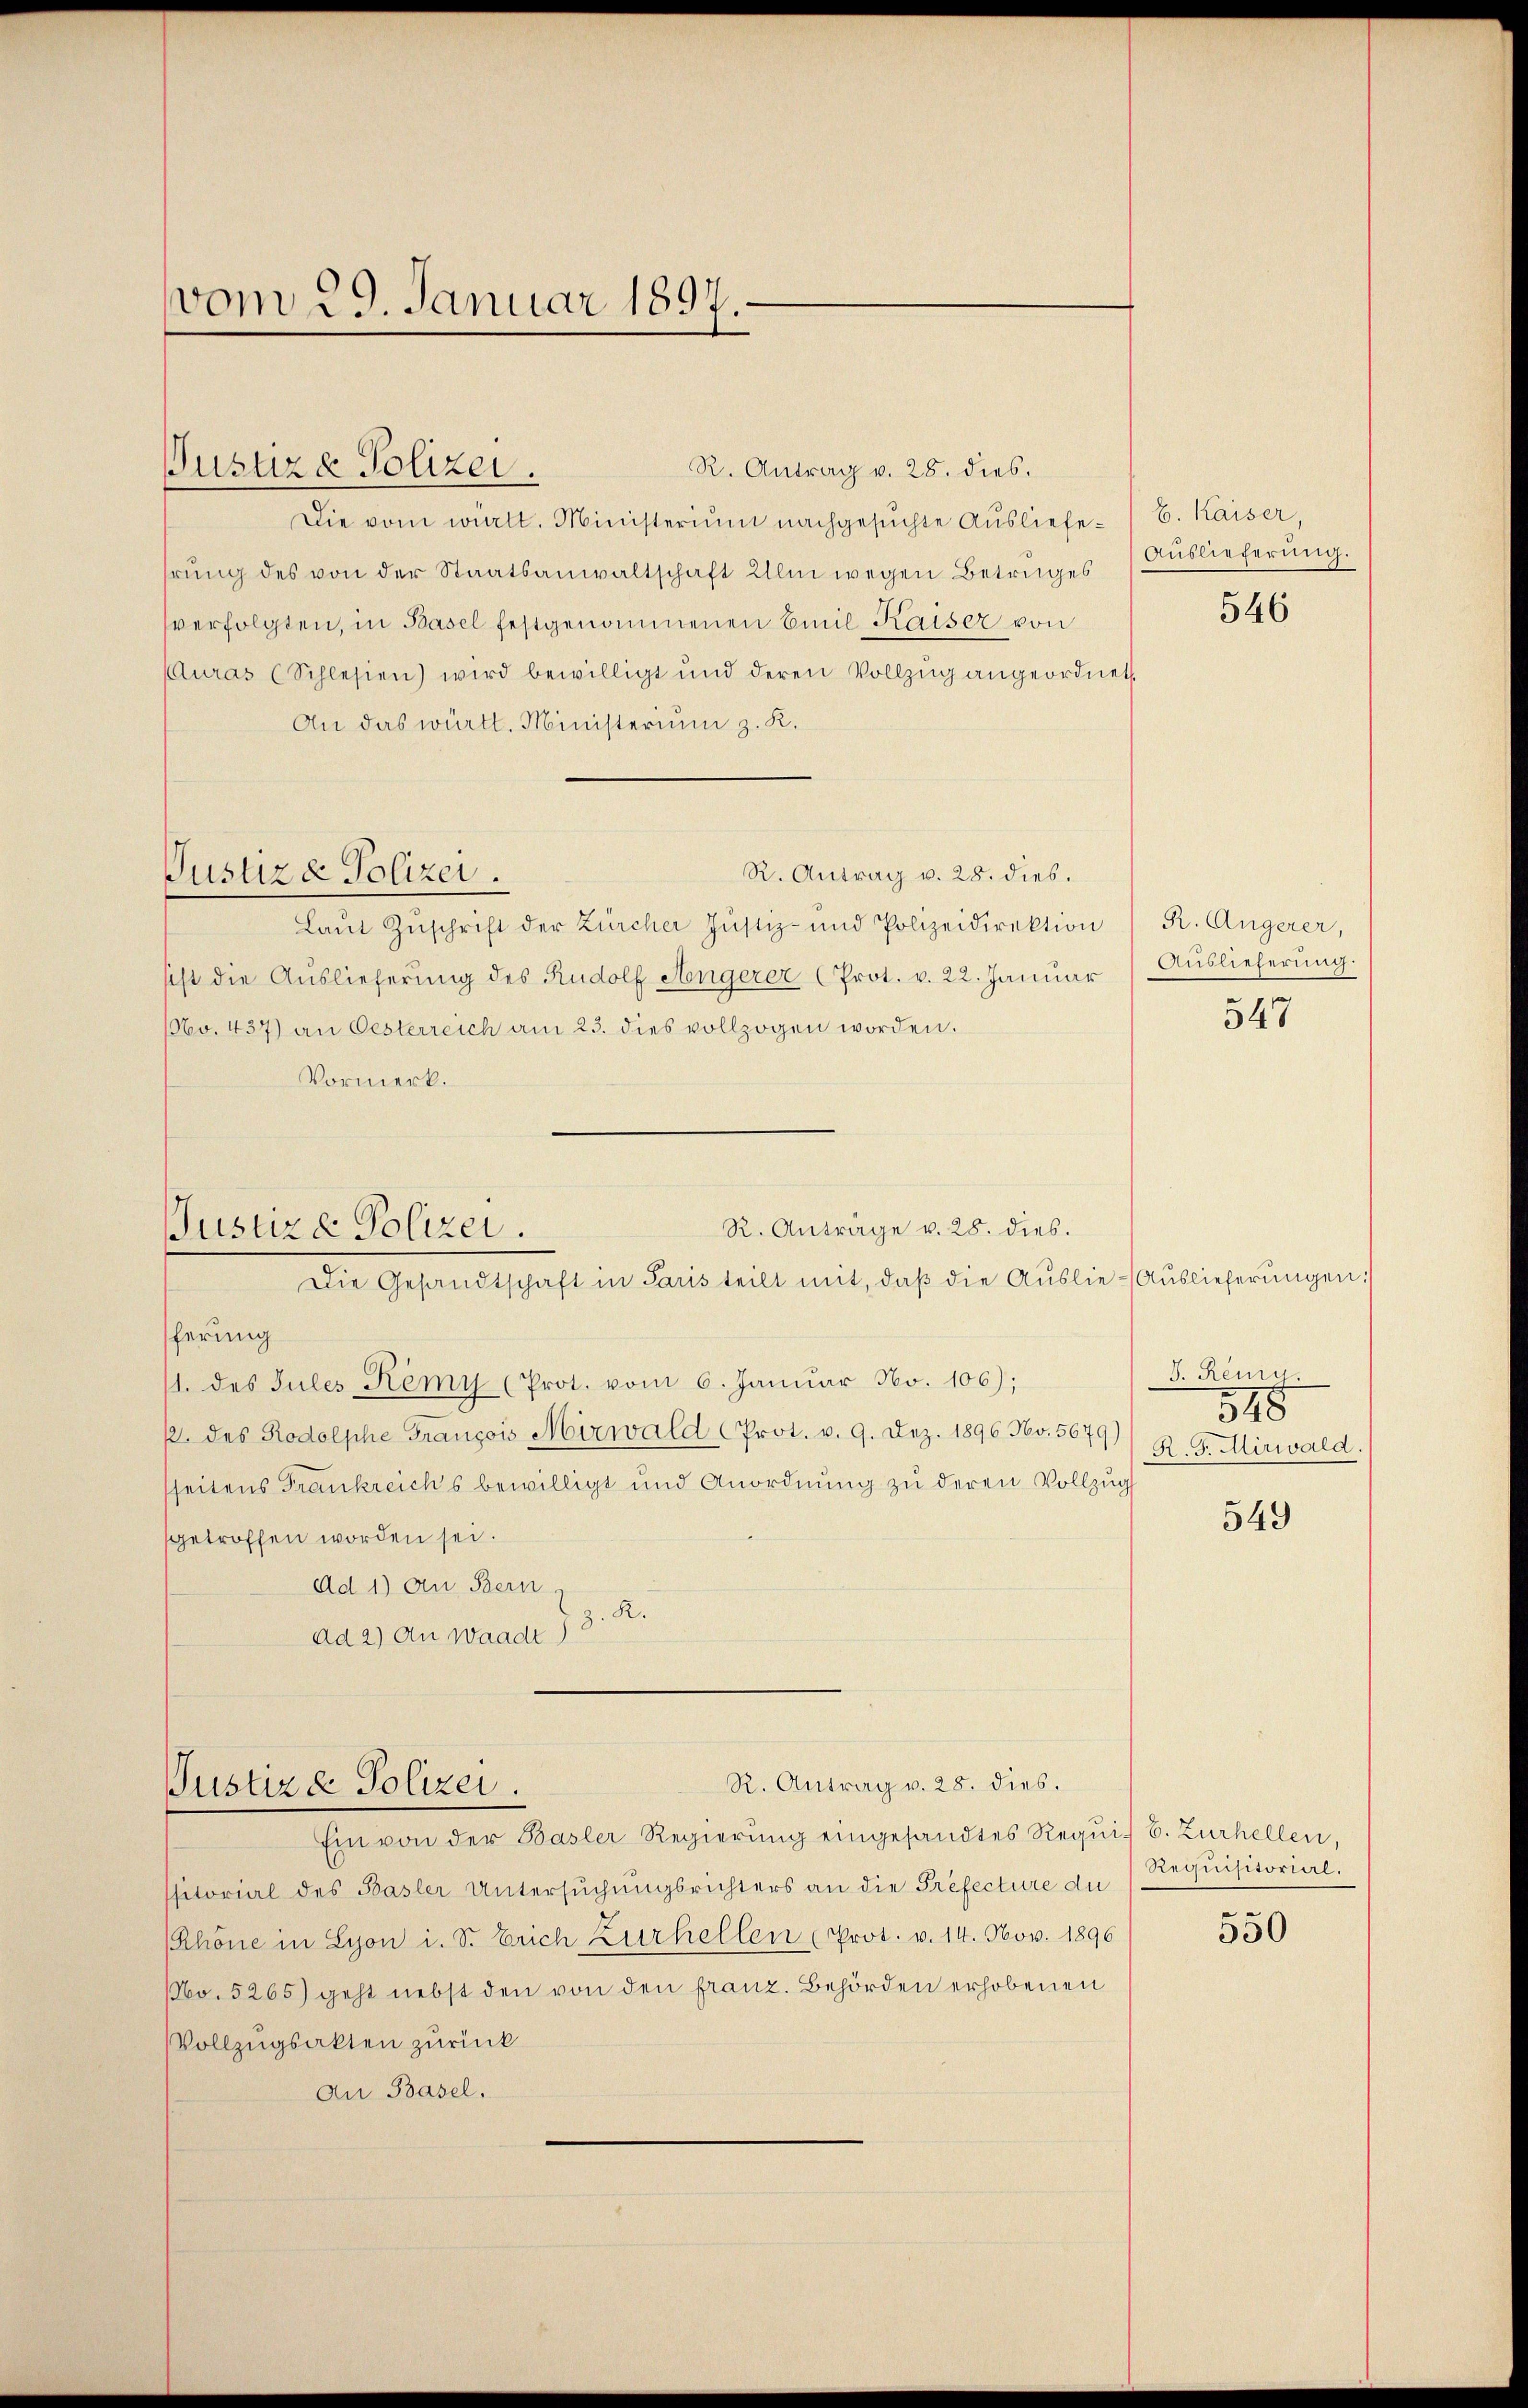
vom 29. Januar 1897.

Justiza Polizei.

Justiz & Polizei.

Justiz & Polizei.

R. Antrag v. 28. dies.
Die vom wirtt. Ministerium nachgesuchte Ausliefehrŭng des von der Staatsanwaltschaft Ulm wegen Betruges Auslieferung
sverfolgten, in Basel festgenommenen Emil Kaiser von
Curas (Schlesien) wird bewilligt und deren Vollzŭg angeordnet.
An das württ. Ministerium z. K.
R. Antrag v. 28. dies.
Laŭt Zŭschrift der Zürcher Justiz- und Polizeidirektion
sicht die Auslieferung des Rudolf Angerer (Prot. v. 22. Januar
160. 437) an Oesterreich am 23. dies vollzogen worden.
Vormerk.
R. Anträge v. 28. dies.
Justiz- Polizei.
Die Gesandtschaft in Paris teilt mit, daβ die Aŭslie-Auslieferŭngen:
ferung
1. des Jules Remy (Prot. vom 6. Januar No. 106);
p. des Rodolphe François Mirwald (Prot. v. 9. Dez. 1896 No. 5679)
sheitens Frankreichs bewilligt und Anordnung zu deren Vollzug
getroffen worden sei.
Ad 1) an Bern
R.
ad 2) An Waadt

R. Antrag v. 28. dies.
Ein von der Basler Regierung eingesandtes Requis E. Zurhellen,
ssitorial des Basler Untersuchungsrichters an die Prefecture du
Khöne in Lyon i. S. Erich Zurhellen (Prot. v. 14. Nov. 1896
No. 5265) geht nebst den von den franz. Behörden erhobenen
Vollzugsakten zurück
An Basel.

E. Kaiser,

546

R. Angerer,
Auslieferung.

547

I. Remig.
848
R. G. Mirwald.

549

Requisitorial.

550